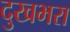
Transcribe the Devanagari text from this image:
दुखभरा